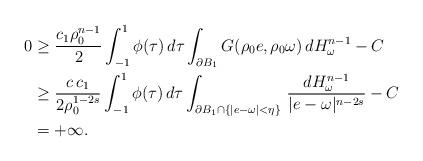
LaTeX: \begin{align*}0&\ge\frac{c_{1}\rho_0^{n-1}}{2} \int_{-1}^1 \phi(\tau)\,d\tau \int_{\partial B_1}G(\rho_0 e,\rho_0\omega)\,dH^{n-1}_\omega-C\\&\ge\frac{c\,c_{1}}{2\rho_0^{1-2s}} \int_{-1}^1 \phi(\tau)\,d\tau \int_{\partial B_1\cap\{|e-\omega|<\eta\}}\,\frac{dH^{n-1}_\omega}{|e-\omega|^{n-2s}}-C\\&=+\infty.\end{align*}